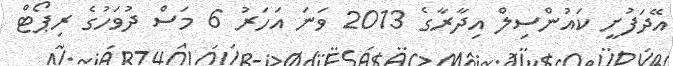
އޭދަފުށީ ކައުންސިލް އިދާރާގެ 2013 ވަނަ އަހަރު 6 މަސް ދުވަހުގެ ރިޕޯޓް